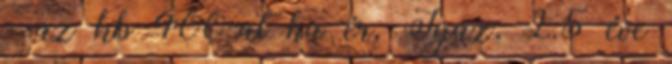
- az kb 400-at ha ér. Igaz, 2.5 éve